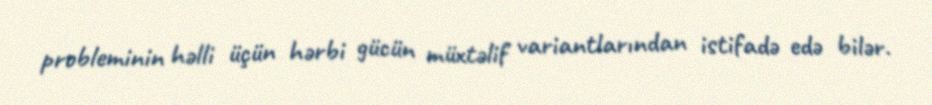
probleminin həlli üçün hərbi gücün müxtəlif variantlarından istifadə edə bilər.